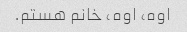
اوه، اوه، خانم هستم.